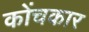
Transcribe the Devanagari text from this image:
कोंचकार